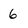
Character: 6